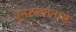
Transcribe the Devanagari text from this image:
पुनरुत्थानास